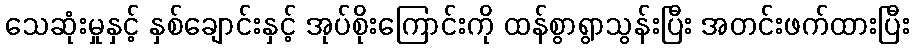
သေဆုံးမှုနှင့် နှစ်ချောင်းနှင့် အုပ်စိုးကြောင်းကို ထန်စွာရွာသွန်းပြီး အတင်းဖက်ထားပြီး